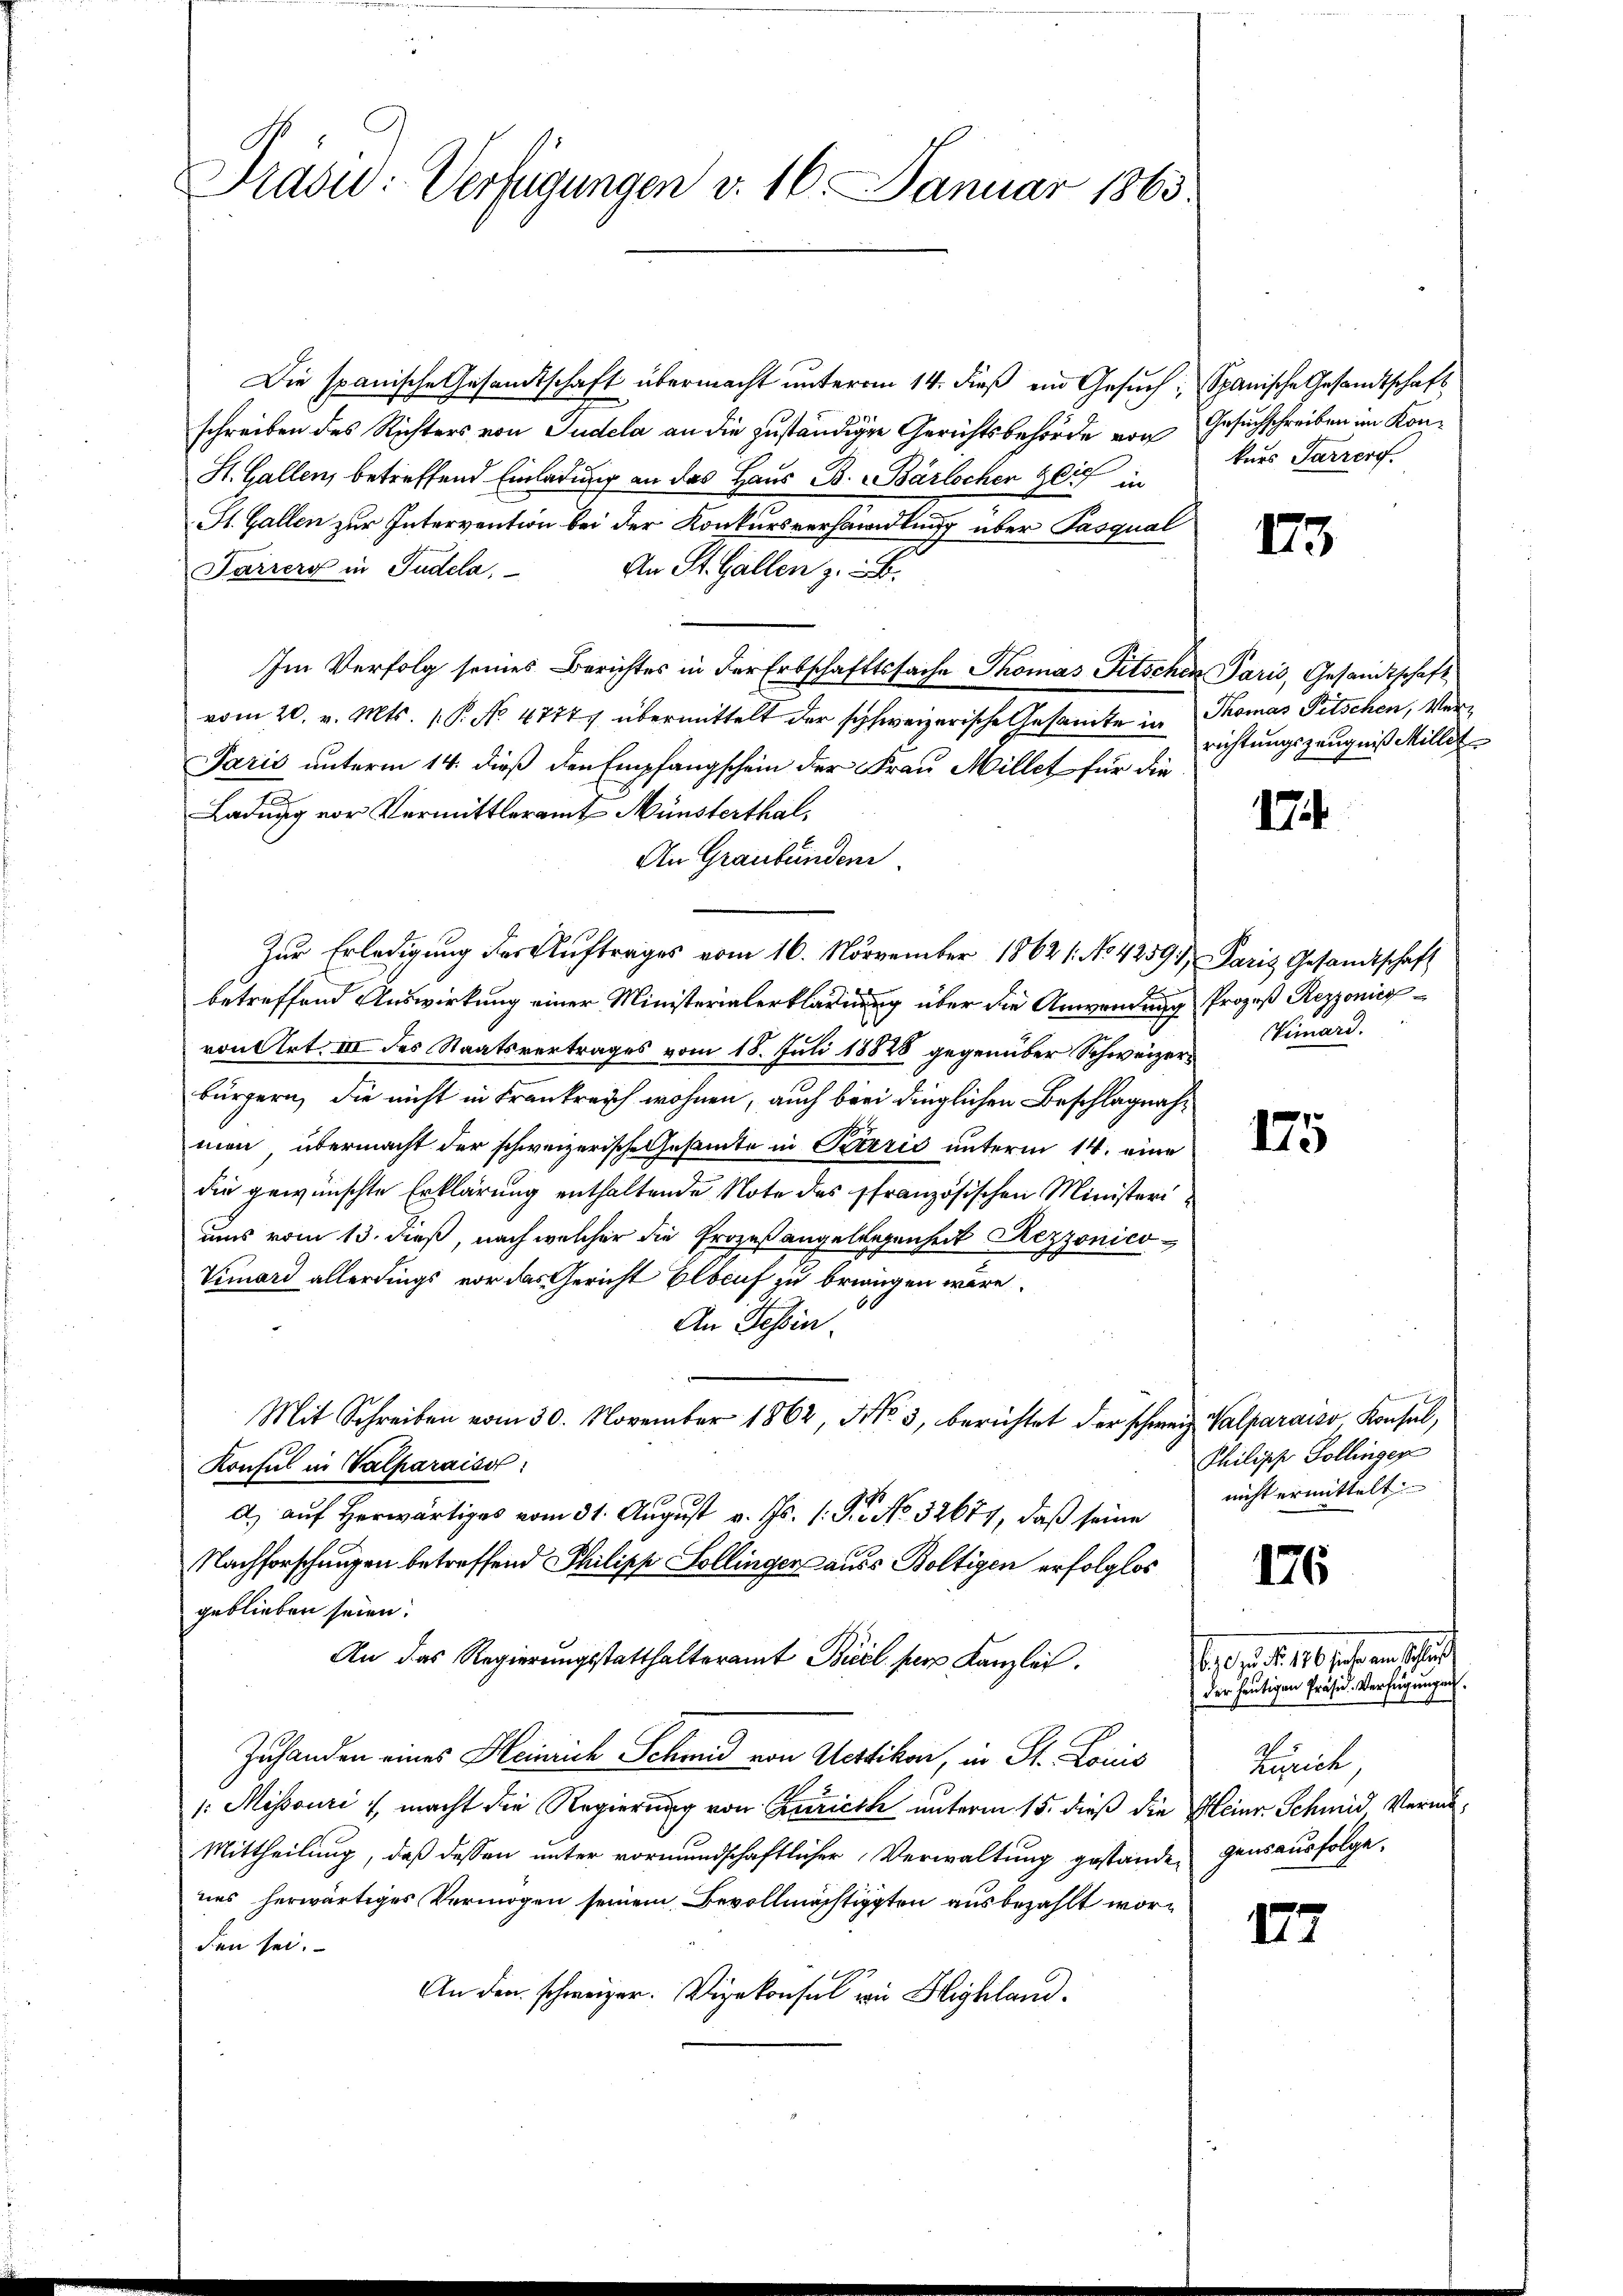
Tradid: Verfügungen v. 16. Januar 1863.

Die spanische Gesandtschaft übermacht unterm 14. dieß ein Gesuch
schreiben des Richters von Pudela an die zuständigen Gerichtsbehörde vor
St. Gallen, betreffend Einladung an das Haus B. Bärlochen Zeich in
St. Gallen zur Intervention bei der Konkursverhandlung über Pasqual
Parrers in Tadela. An St. Gallen z. B.
Im Verfolg seines Berichtes in der Erbschaftssache Thomas Titschen Paris, Gesandtschaft
vom 20. v. Mts. P. No. 4777 übermittelt der schweizerische Gesamte in
Paris unterm 14. dieß den Empfangschein der Frau Millet für die
Ladung vor Vermittleramt Münsterthal,
An Graubünden
Zur Erledigung der Auftrages vom 16. November 18621. No. 42591 Paris Gesandtschaft
betreffend Auswirkung einer Ministerialerkladung über die Anwendung
von Art. III des Staatsvertrages vom 18. Juli 18828 gegenüber Schweizer Vimard.
bürgern, die nicht in Frankreich wohnen, auch bei dinglichen Beschlagnahmen, übermacht der schweizerische Gesamte in Perić unterm 14. eine
die gewünschte Erklärung enthaltende Note des französischen Ministeriuns vom 13. dieß, nach welcher die Prozeß angelegenheit Rezzonico¬
Vimord allerdings vor das Gericht Elberuf zu bringen wäre.
An Tessin.
Mit Schreiben vom 30. November 1862, No. 3, berichtet der schweiz. Valparaiso, Konsul,
Konsul in Valparaiso
A. auf herwärtiges vom 31. August v. Js. 1. Fr. No. 32671, daß seine
Nachforschungen betreffend Philipp Sollinger aus Boltigen erfolglos
geblieben seien.
An das Regierungsstatthalteramt Biel per Kanzlei.
Zuhanden eines Heinrich Schmid von Wettikon, in St. Louis
: Missouri / macht die Regierung von Zürich unterm 15. dieß die
Mittheilung, daß dessen unter vormundschaftlicher Verwaltung gestanden
nes herwärtiges Vermögen seinem Bevollmächtigten ausbezahlt worden sei.
An den schweizer. Vizekonsul wie Highland.

Spanische Gesandtschaft
Gesuchschreiben im Konkurs Parrer.

II

Thomas Pitschen, Verrichtungszeugniß Millet

17

Prozeß Rezzonier

175

Philipp Gollinger
nicht ermittelt

176

1907. 15 16 Jahren sch
der heutigen Präsid. Verfügungen.
Zürich
Heinr. Schmid vermugensausfolge.

177